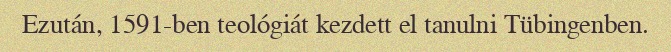
Ezután, 1591-ben teológiát kezdett el tanulni Tübingenben.